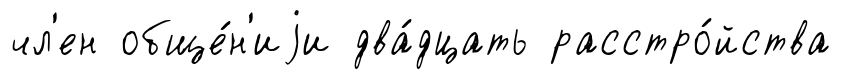
чл'ен обще́н'иjи два́дцать расстро́йства